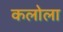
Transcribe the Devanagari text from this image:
कलोला